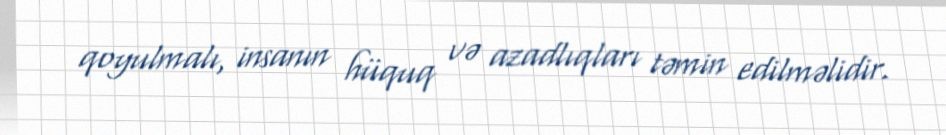
qoyulmalı, insanın hüquq və azadlıqları təmin edilməlidir.